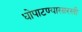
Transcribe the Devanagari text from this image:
धोपाटण्यासारखी